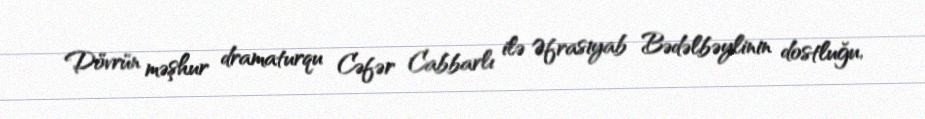
Dövrün məşhur dramaturqu Cəfər Cabbarlı ilə Əfrasiyab Bədəlbəylinin dostluğu,